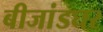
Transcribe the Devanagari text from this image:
बीजांडघर